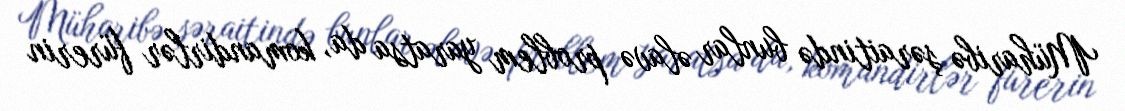
Müharibə şəraitində bunlar əlavə problem yaratsa da, komandirlər fürerin